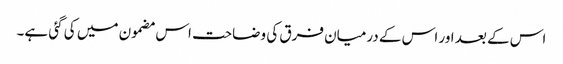
اس کے بعد اور اس کے درمیان فرق کی وضاحت اس مضمون میں کی گئی ہے۔